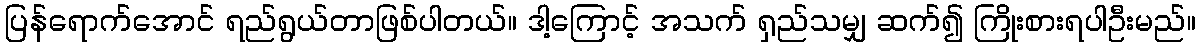
ပြန်ရောက်အောင် ရည်ရွယ်တာဖြစ်ပါတယ်။ ဒါ့ကြောင့် အသက် ရှည်သမျှ ဆက်၍ ကြိုးစားရပါဦးမည်။